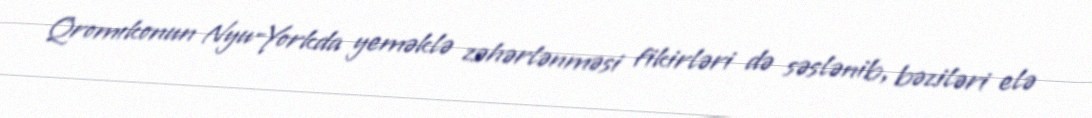
Qromıkonun Nyu-Yorkda yeməklə zəhərlənməsi fikirləri də səslənib, bəziləri elə